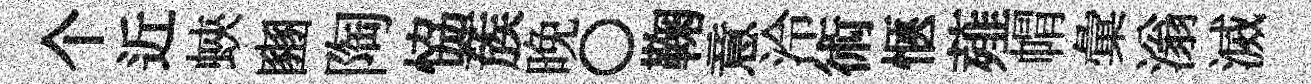
个近蛺豳陶恊蔟晚〇鞠意泠術愜薤㡌彙滃滅